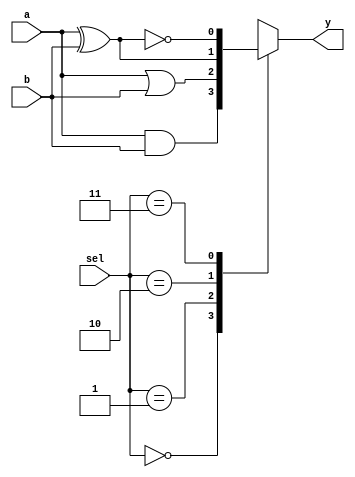
//2022-1-20,
//
module fn_sw_4(a,
               b,
               sel,
               y);
    
    input a;
    input b;
    input[1:0] sel;
    output y;
    
    reg y;
    always @(a or b or sel) begin
        case(sel)
            2'b00:begin y<=a&b; end
            2'b01:begin y<=a|b; end
            2'b10:begin y<=a^b; end
            2'b11:begin y<=~(a^b); end
        endcase
    end
endmodule